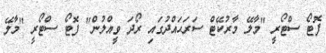
ފޮޓޯ ސްޓޯރީ "މާލޭ މާރުކޭޓް ސަރަޙައްދުގައި ރޯދަ ވީއްލުން" ފޮޓޯ ސްޓޯރީ "މާލޭ